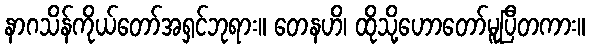
နာဂသိန်ကိုယ်တော်အရှင်ဘုရား။ တေနဟိ၊ ထိုသို့ဟောတော်မူပြီတကား။